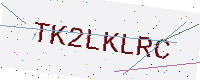
Text: TK2LKLRC